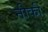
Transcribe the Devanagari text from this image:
नीकी